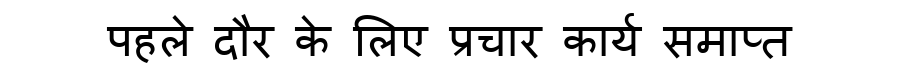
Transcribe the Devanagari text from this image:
पहले दौर के लिए प्रचार कार्य समाप्त